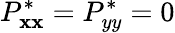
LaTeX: P_{\mathbf{x}\mathbf{x}}^{*}=P_{yy}^{*}=0